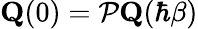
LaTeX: \mathbf{Q}(0)={\cal P}\mathbf{Q}(\hbar\beta)